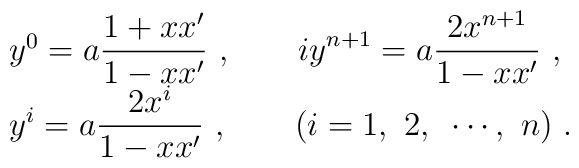
\begin{array}{l}y^0=\displaystyle a\frac{1+xx'}{1-xx'}~,~~~~~~iy^{n+1}=a\frac{2x^{n+1}}{1-xx'}~,\\y^i=a\displaystyle\frac{2x^i}{1-xx'}~,~~~~~~(i=1,~2,~\cdots,~n)~.\end{array}